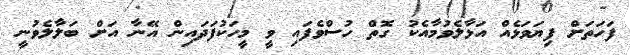
ފަހަތަށް ފިޔަވަޅެއް އަޅާލެވުމާއެކު ގޮތް ހުސްވެފައި ވީ މީހަކުފަދައިން އޭނާ އަށް ބަލާލެވުނީ